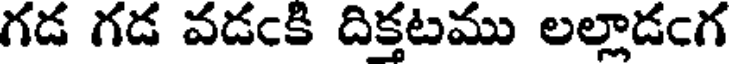
గడ గడ వడఁకి దిక్తటము లల్లాడఁగ